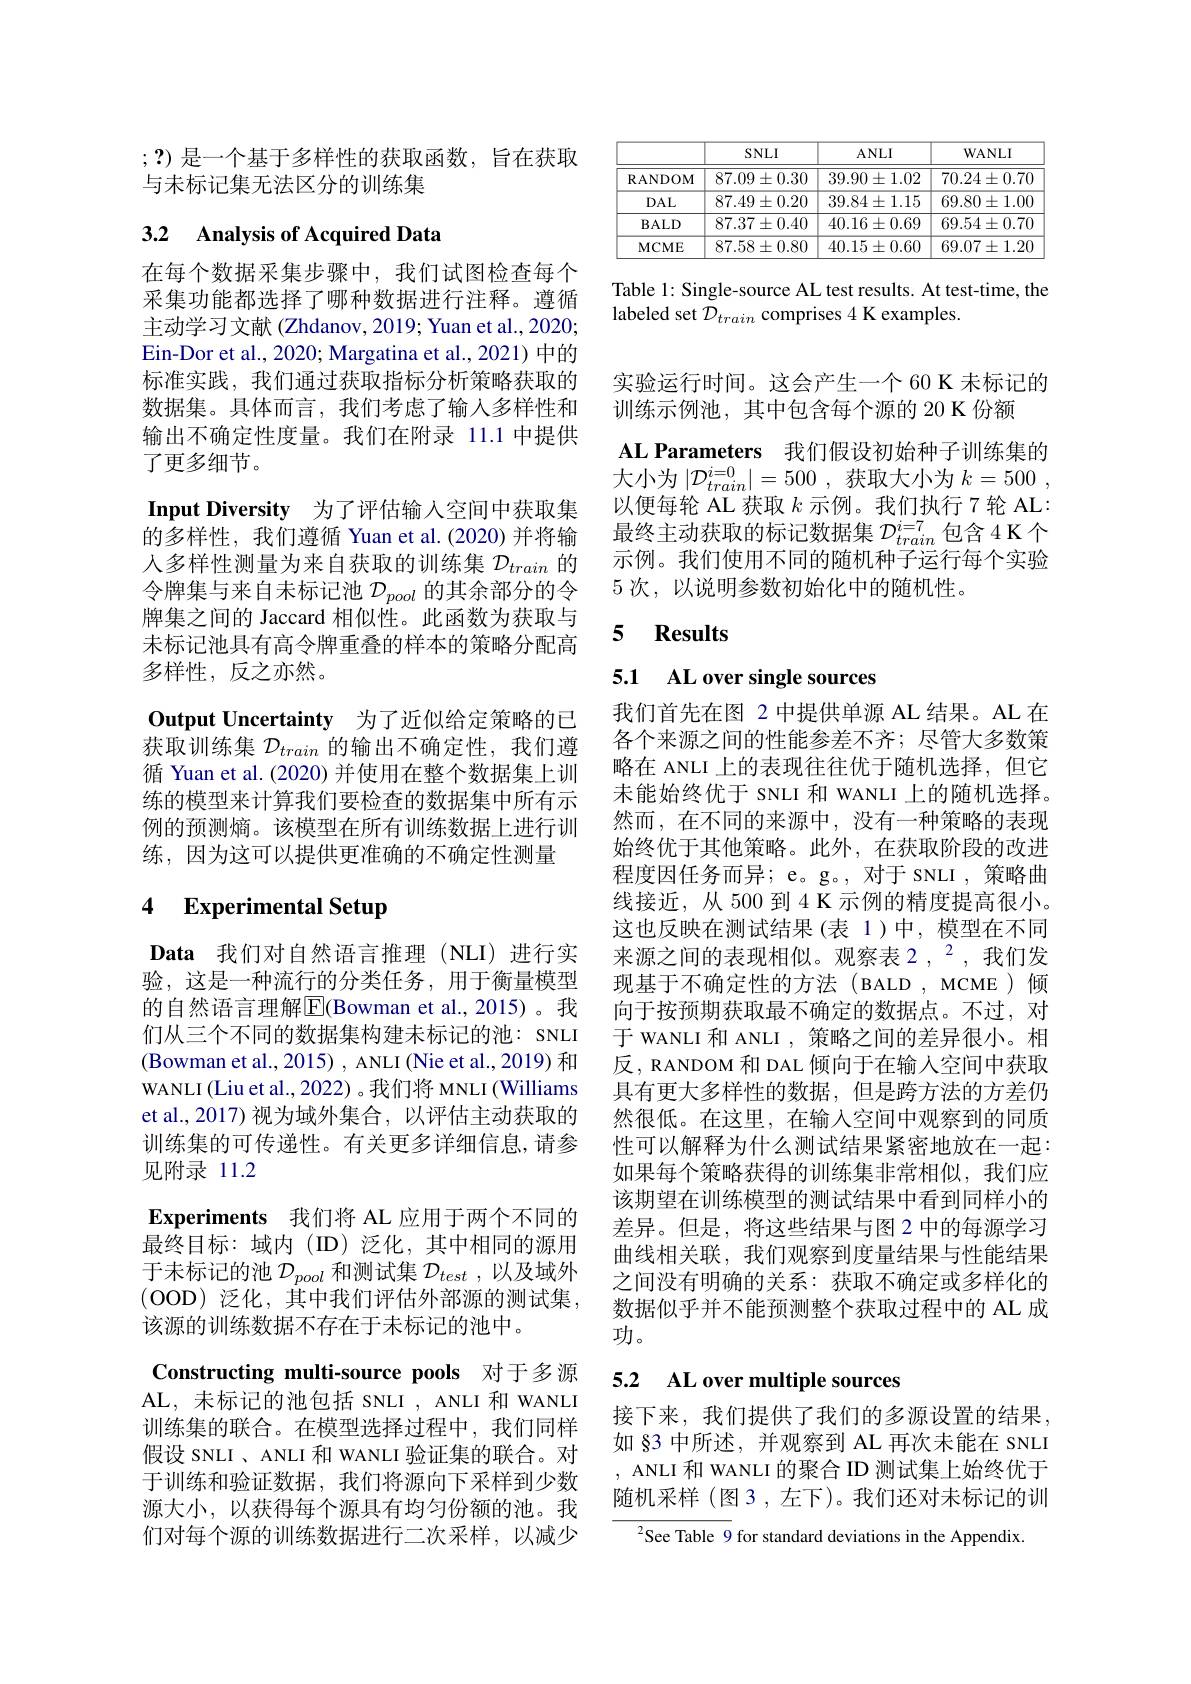
;?)是一个基于多样性的获取函数，旨在获取
与末标记集无法区分的训练集

## 3.2 Analysis of Acquired Data

在每个数据采集步骤中，我们试图检查每个采集功能都选择了哪种数据进行注释。遵循主动学习文献 (Zhdanov, 2019; Yuan et al., 2020; Ein-Dor et al., 2020; Margatina et al., 2021) 中的标准实践，我们通过获取指标分析策略获取的数据集。具体而言，我们考虑了输入多样性和输出不确定性度量。我们在附录 11.1 中提供了更多细节。
Input Diversity 为了评估输入空间中获取集的多样性，我们遵循 Yuan et al.(2020) 并将输人多样性测量为来自获取的训练集$\mathcal{D}_train$的令牌集与来自未标记池$\mathcal{D}_{pool}$的其余部分的令牌集之间的 Jaccard 相似性。此函数为获取与未标记池具有高令牌重叠的样本的策略分配高多样性，反之亦然。
Output Uncertainty 为了近似给定策略的已获取训练集$\mathcal{D}_train$的输出不确定性，我们遵循 Yuan et al. (2020) 并使用在整个数据集上训练的模型来计算我们要检查的数据集中所有示例的预测熵。该模型在所有训练数据上进行训练，因为这可以提供更准确的不确定性测量

# 4 Experimental Setup

Data 我们对自然语言推理(NLI)进行实验，这是一种流行的分类任务，用于衡量模型的自然语言理解|E|Bowman et al.,2015)。我们从三个不同的数据集构建未标记的池：SNLI (Bowman et al., 2015) , ANLI (Nie et al., 2019) 和WANLI(Liu et al., 2022) 。我们将 MNLI (Williams et al.,2017) 视为域外集合，以评估主动获取的训练集的可传递性。有关更多详细信息，请参见附录 11.2
Experiments 我们将 AL 应用于两个不同的最终目标：域内(ID)泛化，其中相同的源用于未标记的池$\mathcal{D}_pool$和测试集$\mathcal{D}_test$,以及域外(OOD)泛化，其中我们评估外部源的测试集， 该源的训练数据不存在于未标记的池中。
Constructing multi-source pools 对于多源AL, 未标记的池包括 SNLI , ANLI 和 WANLI 训练集的联合。在模型选择过程中，我们同样假设 SNLI 、ANLI 和 WANLI 验证集的联合。对于训练和验证数据，我们将源向下采样到少数源大小，以获得每个源具有均匀份额的池。我们对每个源的训练数据进行二次采样，以减少

<table>
	<tbody>
		<tr>
			<th> </th>
			<th>$SNLI$</th>
			<th>$ANLI$</th>
			<th>$\mathbf{WANLI}$</th>
		</tr>
		<tr>
			<td>RANDOM</td>
			<td>$87.09\pm0.30$</td>
			<td>$39.90\pm1.02$</td>
			<td>$70.24\pm0.70$</td>
		</tr>
		<tr>
			<td>$DAL$</td>
			<td>$87.49\pm0.20$</td>
			<td>$39.84\pm1.15$</td>
			<td>$69.80\pm1.00$</td>
		</tr>
		<tr>
			<td>$\mathbf{BALD}$</td>
			<td>$87.37\pm0.40$</td>
			<td>$40.16\pm0.69$</td>
			<td>$69.54\pm0.70$</td>
		</tr>
		<tr>
			<td>MCME</td>
			<td>$87.58\pm0.80$</td>
			<td>$40.15\pm0.60$</td>
			<td>$69.07\pm1.20$</td>
		</tr>
	</tbody>
</table>

Table 1: Single-source AL test results. At test-time, the
labeled set $\mathcal{D}_{train}$ comprises 4 K examples

实验运行时间。这会产生一个 60 K 未标记的
训练示例池，其中包含每个源的 20 K 份额
AL Parameters 我们假设初始种子训练集的大小为$\left | \mathcal{D} _{train}^{i= 0}\right | = 500$ , 获取大小为 $k= 500$ , 以便每轮 AL 获取$k$示例。我们执行 7 轮 AL: 最终主动获取的标记数据集$\mathcal{D}_{train}^{i=7}$包含 4 K 个示例。我们使用不同的随机种子运行每个实验5次，以说明参数初始化中的随机性。

### 5 $\mathbf{Results}$

# 5.1 AL over single sources

我们首先在图 2 中提供单源 AL 结果。AL 在各个来源之间的性能参差不齐；尽管大多数策略在 ANLI 上的表现往往优于随机选择，但它未能始终优于 SNLI 和 WANLI 上的随机选择。然而，在不同的来源中，没有一种策略的表现始终优于其他策略。此外，在获取阶段的改进程度因任务而异；e。g。, 对于 SNLI , 策略曲线接近，从500 到 4 K 示例的精度提高很小。这也反映在测试结果 (表 1)中，模型在不同来源之间的表现相似。观察表 2,$^{2}$,我们发现基于不确定性的方法(BALD,MCME)倾向于按预期获取最不确定的数据点。不过，对于 WANLI 和 ANLI , 策略之间的差异很小。相反，RANDOM 和 DAL 倾向于在输入空间中获取具有更大多样性的数据，但是跨方法的方差仍然很低。在这里，在输入空间中观察到的同质性可以解释为什么测试结果紧密地放在一起： 如果每个策略获得的训练集非常相似，我们应该期望在训练模型的测试结果中看到同样小的差异。但是，将这些结果与图 2 中的每源学习曲线相关联，我们观察到度量结果与性能结果之间没有明确的关系：获取不确定或多样化的数据似乎并不能预测整个获取过程中的 AL 成功。

### 5.2 $\textbf{AL over multiple sources}$

接下来，我们提供了我们的多源设置的结果如 §3 中所述，并观察到 AL 再次未能在 SNLI , ANLI 和 WANLI 的聚合 ID 测试集上始终优于随机采样(图3，左下)。我们还对未标记的训

${^{2}}$See Table 9 for standard deviations in the Appendix.